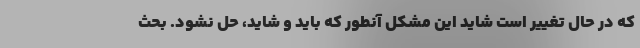
که در حال تغییر است شاید این مشکل آنطور که باید و شاید، حل نشود. بحث